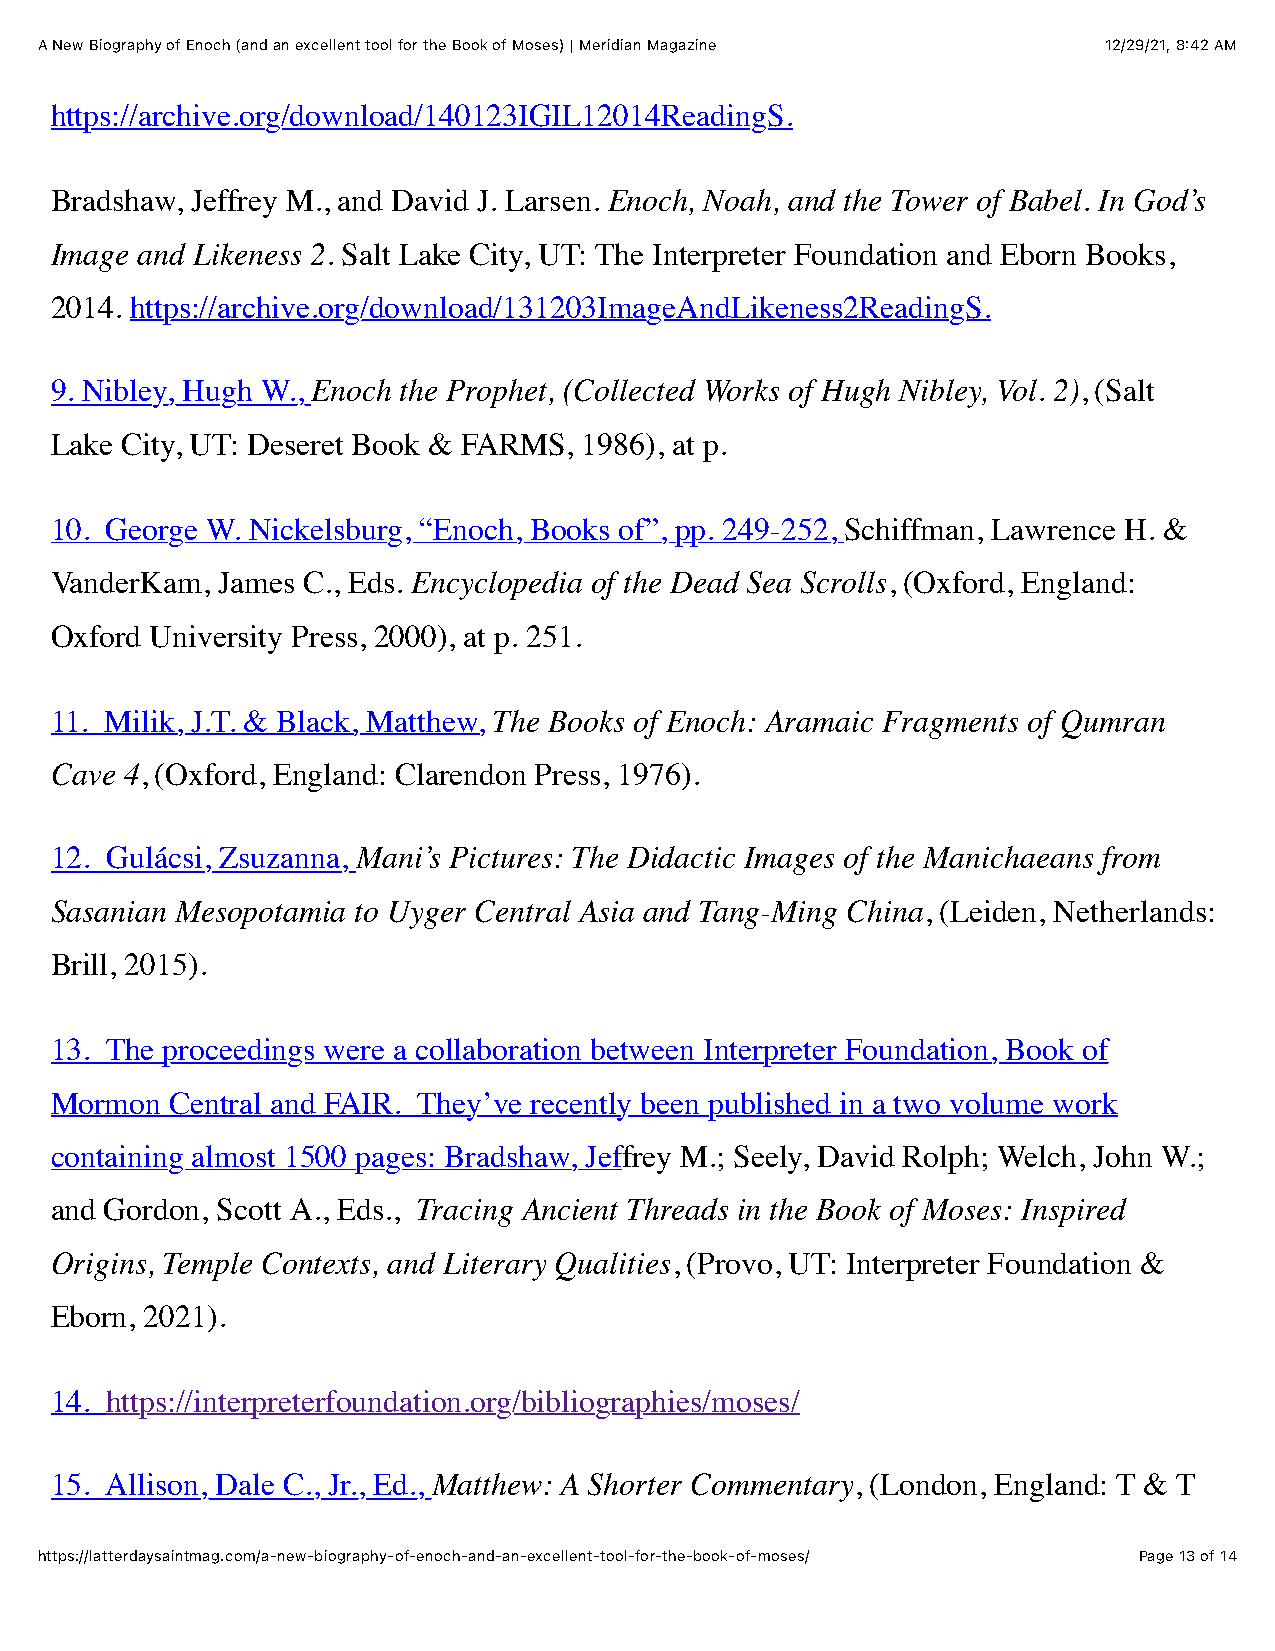
A New Biography of Enoch (and an excellent tool for the Book of Moses) | Meridian Magazine 12/29/21, 8:42 AM
 https://archive.org/download/140123IGIL12014ReadingS.
 Bradshaw, Jeffrey M., and David J. Larsen. Enoch, Noah, and the Tower of Babel. In God’s
 Image and Likeness 2. Salt Lake City, UT: The Interpreter Foundation and Eborn Books,
 2014. https://archive.org/download/131203ImageAndLikeness2ReadingS.
 9. Nibley, Hugh W., Enoch the Prophet, (Collected Works of Hugh Nibley, Vol. 2), (Salt
 Lake City, UT: Deseret Book & FARMS, 1986), at p.
 10. George W. Nickelsburg, “Enoch, Books of”, pp. 249-252, Schiffman, Lawrence H. &
 VanderKam, James C., Eds. Encyclopedia of the Dead Sea Scrolls, (Oxford, England:
 Oxford University Press, 2000), at p. 251.
 11. Milik, J.T. & Black, Matthew, The Books of Enoch: Aramaic Fragments of Qumran
 Cave 4, (Oxford, England: Clarendon Press, 1976).
 12. Gulácsi, Zsuzanna, Mani’s Pictures: The Didactic Images of the Manichaeans from
 Sasanian Mesopotamia to Uyger Central Asia and Tang-Ming China, (Leiden, Netherlands:
 Brill, 2015).
 13. The proceedings were a collaboration between Interpreter Foundation, Book of
 Mormon  Central and FAIR. They’ve recently been published in a two volume work
 containing almost 1500 pages: Bradshaw, Jeffrey M.; Seely, David Rolph; Welch, John W.;
 and Gordon, Scott A., Eds., Tracing Ancient Threads in the Book of Moses: Inspired
 Origins, Temple Contexts, and Literary Qualities, (Provo, UT: Interpreter Foundation &
 Eborn, 2021).
 14. https://interpreterfoundation.org/bibliographies/moses/
 15. Allison, Dale C., Jr., Ed., Matthew: A Shorter Commentary, (London, England: T & T
 https://latterdaysaintmag.com/a-new-biography-of-enoch-and-an-excellent-tool-for-the-book-of-moses/ Page 13 of 14